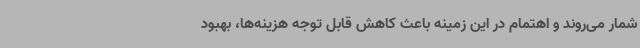
شمار می‌روند و اهتمام در این زمینه باعث کاهش قابل توجه هزینه‌ها، بهبود